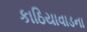
કાઠિયાવાડના